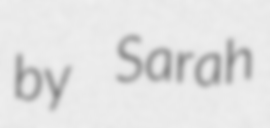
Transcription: by Sarah